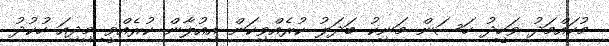
މުހައްމަދު ވަހީދު ހަސަން މަނިކު ބަދަލު ކުރެއްވިކަން އިއުލާން ކުރެއްވީ މިދިއަ ހުކުދު